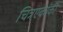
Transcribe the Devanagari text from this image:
चित्रएकांकी